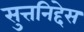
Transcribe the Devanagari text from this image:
सुत्तनिद्देस